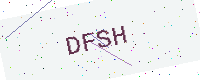
Text: DFSH